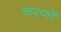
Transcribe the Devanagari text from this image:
चरणोँ